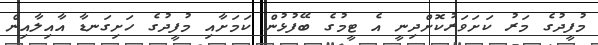
މުފީދުގެ މަރު ކަށަވަރުކޮށްދިނީ އެ ޓީމުގެ ބޭފުޅުން ކަމަށާއި މުފީދުގެ ހަށިގަނޑާ އާއިލާއިން